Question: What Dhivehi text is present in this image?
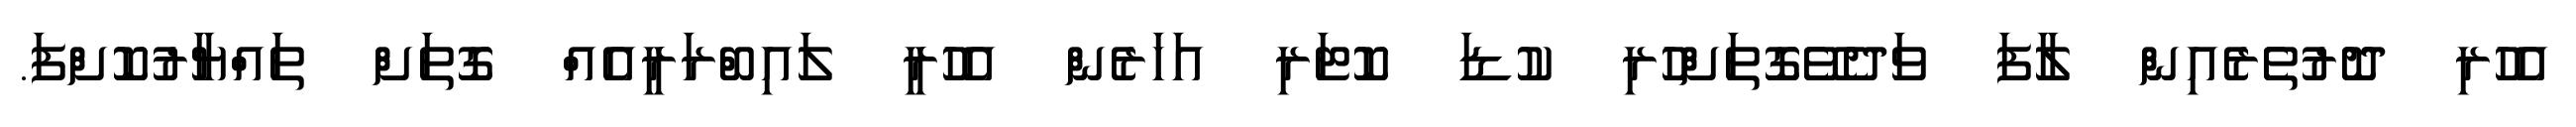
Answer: އެހުރި ދޮރުތެރެއިން ލާފަ ވަދެވޭގޮތަށްހުރި ކުޑަ ކޮޓަރި އަހަރެން އެހުރީ ލައިބްރަރީއެއް ގޮތަށް ތައްޔާރުކޮށްފަ.